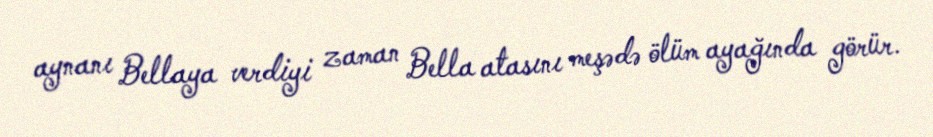
aynanı Bellaya verdiyi zaman Bella atasını meşədə ölüm ayağında görür.